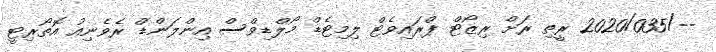
--/2020/035 ރީތި ރަށް ރިޒޯޓް ޕްރައިވެޓް ލިމިޓެޑް މޯލްޑިވްސް އިންލަންޑް ރެވެނިއު އޮތޯރިޓީ